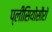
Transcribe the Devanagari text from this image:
प्लीसियोसौरों